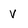
Character: v